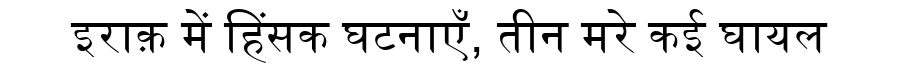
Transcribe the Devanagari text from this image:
इराक़ में हिंसक घटनाएँ, तीन मरे कई घायल